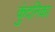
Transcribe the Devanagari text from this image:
कुंदनिका